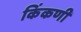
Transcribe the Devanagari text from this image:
किंकणी